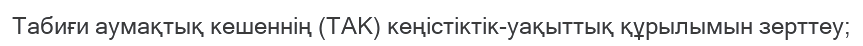
Табиғи аумақтық кешеннің (ТАК) кеңістіктік-уақыттық құрылымын зерттеу;